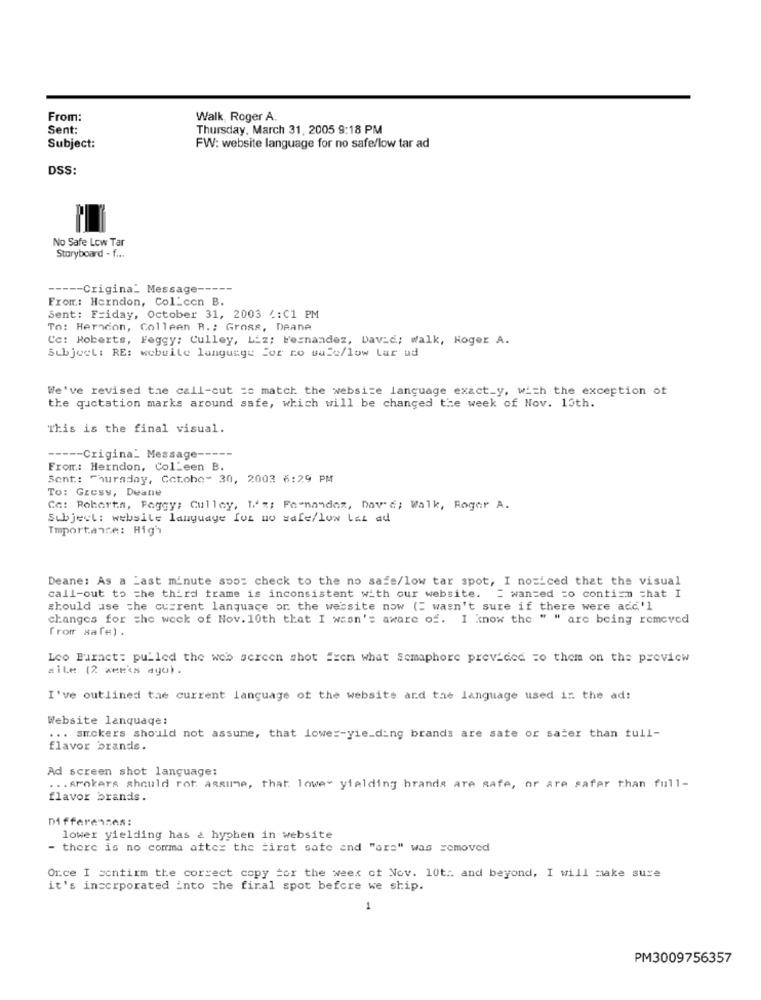
From:
Walk, Roger A.
Sent:
Thursday, March 31, 2005 9:18 PM
Subject:
FW: website language for no safe/low tar ad
DSS:
No Safe Low Tar
Storyboard - f ...
----- Crigina_ Message -----
From: Herndon, Col-con B.
Sent: Friday, October 31, 2003 4:C1 PM
To: Herncon, Colleen R .: Gross, Deane
Cc: Roberts, Foggy: Culley, Liz; Fernandez, David; walk, Koger A.
Subject: RE: webuile language for ro wale/low Lar ud
We've revised the call-cut =c match the website language exact_y, with the exception of
the quotation marks around safe, which will be changed the week of Nov. 10th.
This is the final visual.
----- Crigina_ Message ----
From: Herndon, ColLeen B.
Sent: Thursday, Cotobe> 30, 2003 6:29 PM
To: Gresy, Deane
Cc: Roberta, Pagey; Cullay, 1 %; Fa-nandez, David; Walk, Roger A.
Subject: website language fut no safe/low Lat ad
Importante: High
Deane: As a Last minute soo: check to the no safe/low tar spot, I noticed that the visual
call-out to the third trame is inconsistent with our website. I wanted to contizm that I
should use the current lanquace or the website now (= wasn't sure if there were acc'l
changes for the week of Nov. 10th that I wasn': aware of. I know the " " are being removed
from safe) .
Leo Burnet: pulled the web screen shot Exem what Semaphore provided =o them on the preview
#iLe (2 xER's ago) .
I've outlined the current language of the website and the language used in the ad:
Website lanquage:
... smokers should not assume, that lowe :- yie_ding brands are sate or sater than tull-
flavor brands.
Ad screen shot language:
... Arokers should not assume, that lowe- yielding brands are safe, or are safer than full-
flavor brands.
Differences:
lower yielding has & hyphen in website
- there is no comma after the tirat sate and "are" was removed
Or.ce I confirm the correct copy for the weer ot Nov. 10th and beyond, I will make sure
it's incorporated into the final spot before we ship.
1
PM3009756357